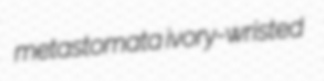
metastomata ivory-wristed